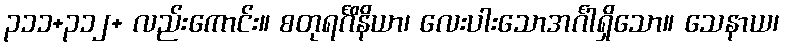
၃၁၁+၃၁၂+ လည်းကောင်း။ စတုရင်္ဂိနိယာ၊ လေးပါးသောအင်္ဂါရှိသော။ သေနာယ၊